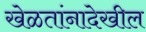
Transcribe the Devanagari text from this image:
खेळतांनादेखील